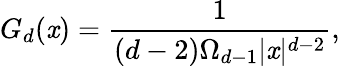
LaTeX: G_{d}(\mathit{x})=\frac{{1}}{{(d-2)\Omega_{d-1}|\mathit{x}|^{d-2}}},